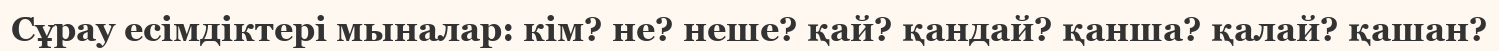
Сұрау есімдіктері мыналар: кім? не? неше? қай? қандай? қанша? қалай? қашан?